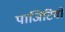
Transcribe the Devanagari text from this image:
पाजिटिवों